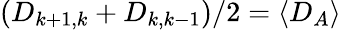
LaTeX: (D_{k+1,k}+D_{k,k-1})/2=\langle D_{A}\rangle